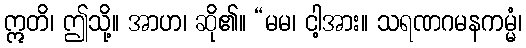
ဣတိ၊ ဤသို့။ အာဟ၊ ဆို၏။ “မမ၊ ငါ့အား။ သရဏဂမနကမ္မံ၊